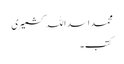
محمد اسد اللہ کشمیری
کتب ۔